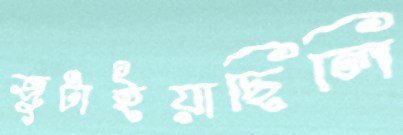
জুটাইয়াছিলি